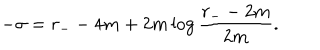
LaTeX: - \sigma = r _ { - } - 4 m + 2 m \log \frac { r _ { - } - 2 m } { 2 m } .